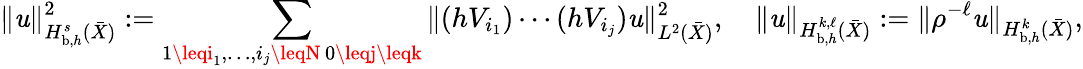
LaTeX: \| \mathit{u}\| _{H_{\mathrm{{b}},h}^{s}(\bar{{X}})}^{2}:=\sum_{\substack{1\leqi_{1},\ldots,i_{j}\leqN\, 0\leqj\leqk}}\Vert(hV_{i_{1}})\cdots(hV_{i_{j}})\mathit{u}\Vert_{L^{2}(\bar{{X}})}^{2},\quad\| \mathit{u}\| _{H_{\mathrm{{b}},h}^{k,\ell}(\bar{{X}})}:=\| \rho^{-\ell}\mathit{u}\| _{H_{\mathrm{{b}},h}^{k}(\bar{{X}})},